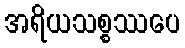
အရိယသစ္စဿပေ